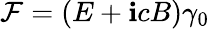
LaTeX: {\mathcal{F}}=({E}+\mathbf{i}c{B})\gamma_{0}